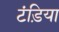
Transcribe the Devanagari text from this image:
टंड़िया